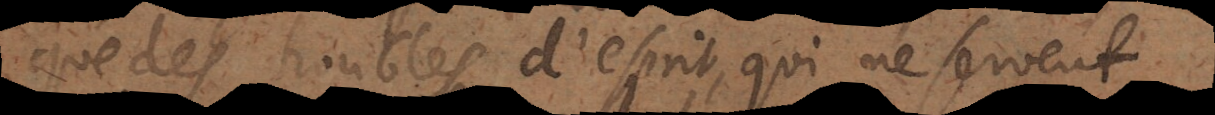
que des troubles d’esprit, qui ne servent